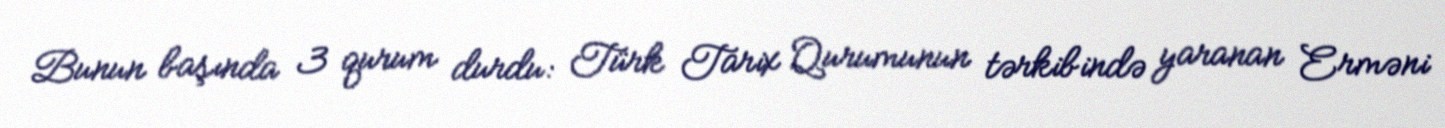
Bunun başında 3 qurum durdu: Türk Tarix Qurumunun tərkibində yaranan Erməni